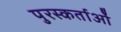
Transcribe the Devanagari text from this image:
पुरस्कर्ताओं